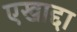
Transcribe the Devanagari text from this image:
एखाद्दा